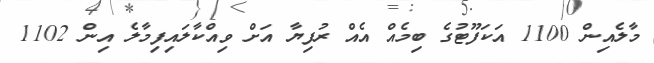
މާލެއިން 1100 އަކަފޫޓުގެ ބިމެއް އެއް ރުފިޔާ އަށް ވިއްކާލައިފިމާލެ އިން 1102